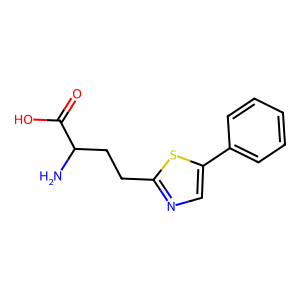
SMILES: NC(CCc1ncc(-c2ccccc2)s1)C(=O)O
Inhibits HIV replication: No